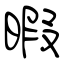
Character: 暇